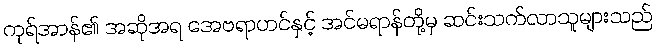
ကုရ်အာန်၏ အဆိုအရ အေဗရာဟင်နှင့် အင်မရာန်တို့မှ ဆင်းသက်လာသူများသည်